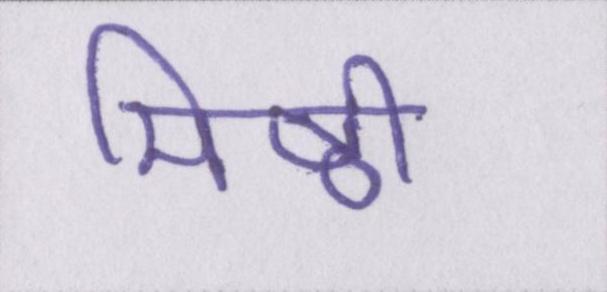
मिष्ठी